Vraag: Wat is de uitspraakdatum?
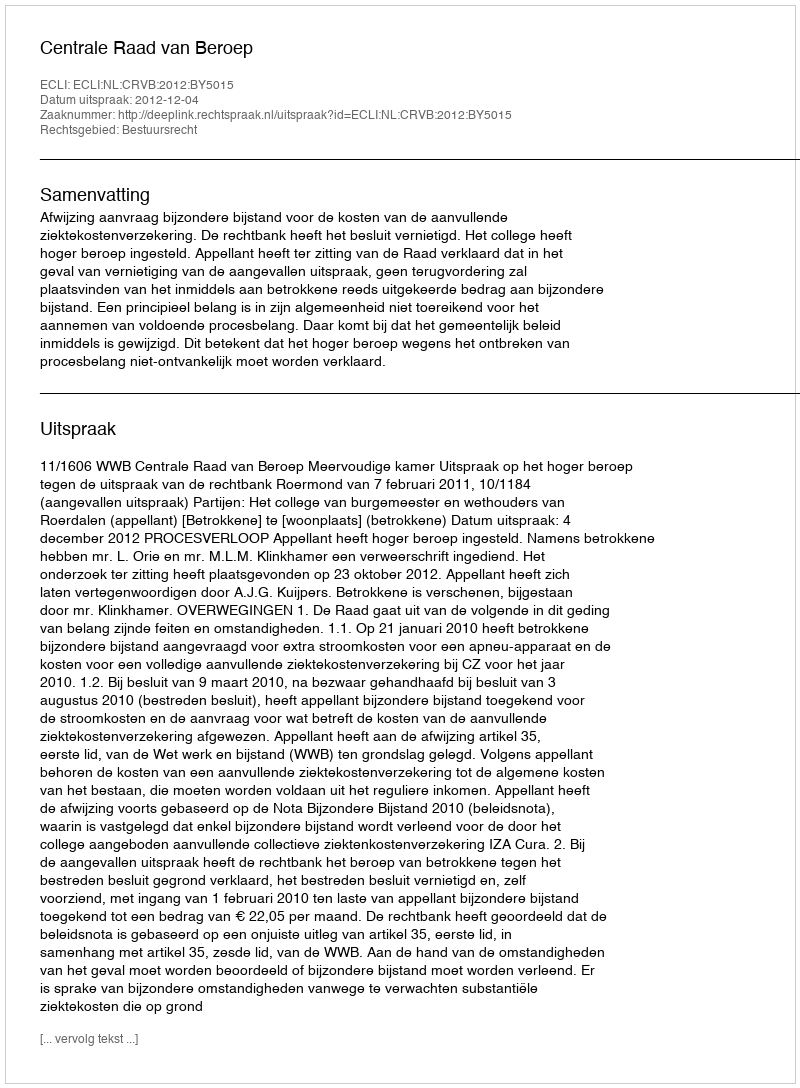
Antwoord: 2012-12-04